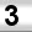
Digit: 3